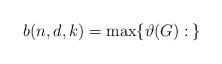
LaTeX: \begin{align*} b(n,d,k)=\max\{\vartheta(G):\: \}\end{align*}